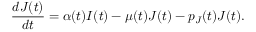
\frac { d J ( t ) } { d t } = \alpha ( t ) I ( t ) - \mu ( t ) J ( t ) - p _ { J } ( t ) J ( t ) .